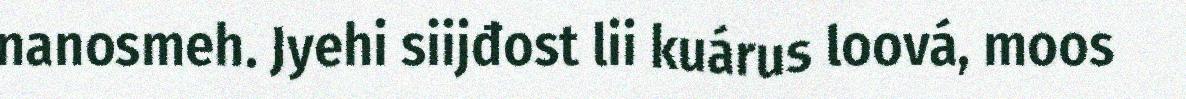
nanosmeh. Jyehi siijđost lii kuárus loová, moos